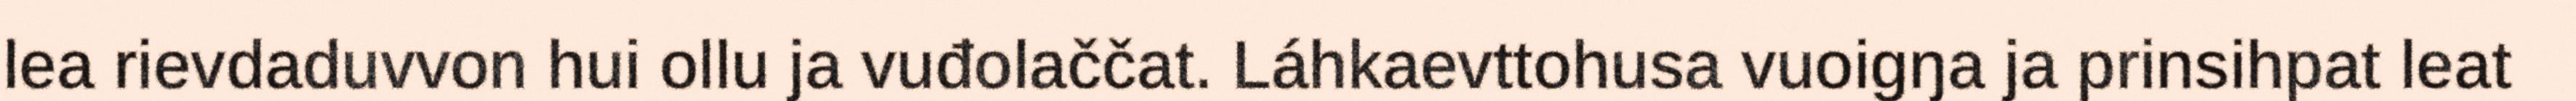
lea rievdaduvvon hui ollu ja vuđolaččat. Láhkaevttohusa vuoigŋa ja prinsihpat leat